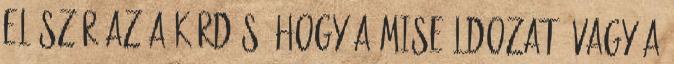
először az a kérdés, hogy a miseáldozat, vagy a